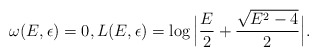
\begin{align*}\omega(E,\epsilon)=0, L(E,\epsilon) =\log \Big|\frac{E}{2}+\frac{\sqrt{E^{2}-4}}{2}\Big|.\end{align*}